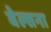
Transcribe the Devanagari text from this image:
वेल्सना